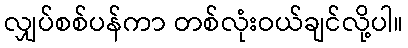
လျှပ်စစ်ပန်ကာ တစ်လုံးဝယ်ချင်လို့ပါ။